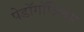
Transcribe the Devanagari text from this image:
पेडॉगॉजिक्स